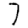
Digit: 7